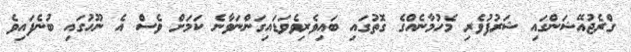
ގްރެޖުއޭޝަންގައި ޝަރުފުވެރި މެހުމާނެއްގެ ގޮތުގައި ބައިވެރިވެވަޑައިގަންނަވާނެ ކަމަށް ވެސް އެ ނޫހުގައި ބުނެފައިވެ